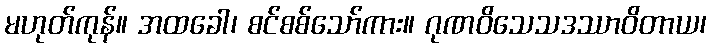
မဟုတ်ကုန်။ အထခေါ၊ စင်စစ်သော်ကား။ ဂုဏဝိသေသဒဿာဝိတာယ၊